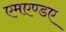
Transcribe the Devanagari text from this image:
एमएण्डए